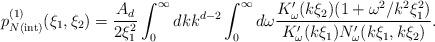
LaTeX: \begin{align*} p_{N{\mathrm{(int)}}}^{(1)}(\xi _1,\xi _2)=\frac{A_d}{2\xi _1^2}\int _{0}^{\infty } dk k^{d-2}\int _{0}^{\infty } d\omega \frac{K'_{\omega }(k\xi _2)(1+\omega ^2/k^2\xi _1^2)}{K'_{\omega } (k\xi _1)N'_{\omega }(k\xi _1,k\xi _2)}.\end{align*}